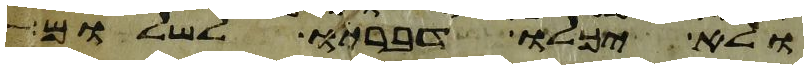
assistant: ולא יכלו דבריו לשלום